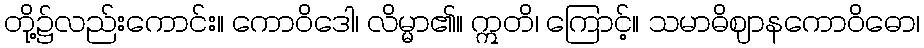
တို့၌လည်းကောင်း။ ကောဝိဒေါ၊ လိမ္မာ၏။ ဣတိ၊ ကြောင့်။ သမာဓိဈာနကောဝိဓော၊